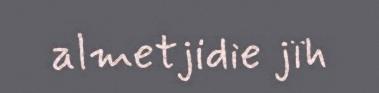
almetjidie jïh